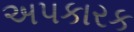
અપકારક